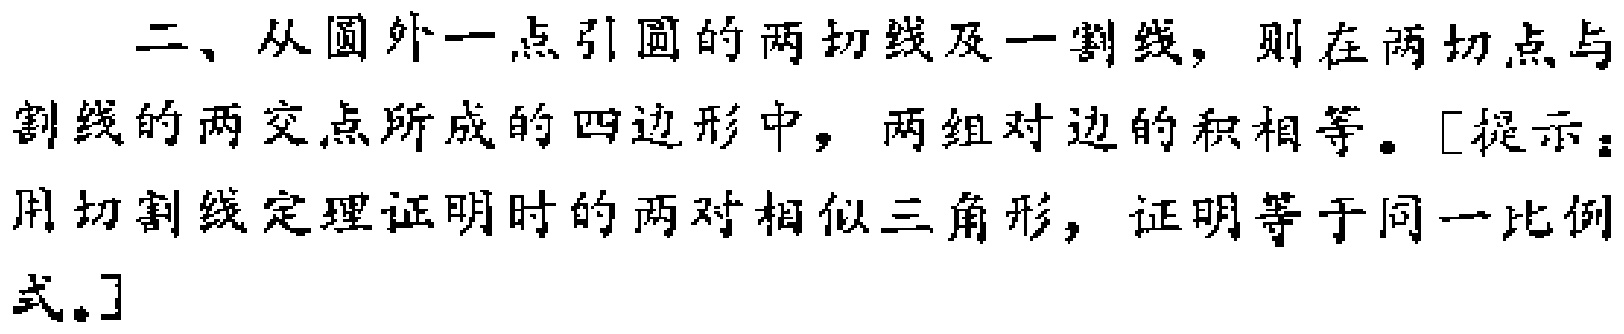
二、从圆外一点引圆的两切线及一割线，则在两切点与割线的两交点所成的四边形中，两组对边的积相等。[提示：用切割线定理证明时的两对相似三角形，证明等于同一比例式。]